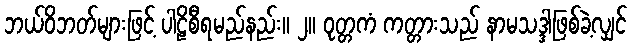
ဘယ်ဝိဘတ်များဖြင့် ပါဠိစီရမည်နည်း။ ၂။ ဝုတ္တကံ ကတ္တားသည် နာမသဒ္ဒါဖြစ်ခဲ့လျှင်